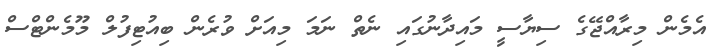
އެމެން މިރާއްޖޭގެ ސިޔާސީ މައިދާނުގައި ނެތް ނަމަ މިއަށް ވުރެން ބިއުޓިފުލް މޫމެންޓްސް